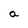
Character: a